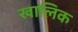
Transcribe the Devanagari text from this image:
खालिक